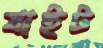
ষাইট